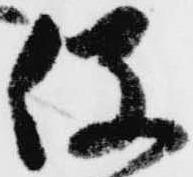
役